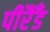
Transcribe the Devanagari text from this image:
पीरैँड